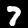
Digit: 7